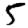
Digit: 5